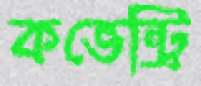
কভেন্ট্রি